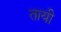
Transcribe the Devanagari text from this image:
तायी